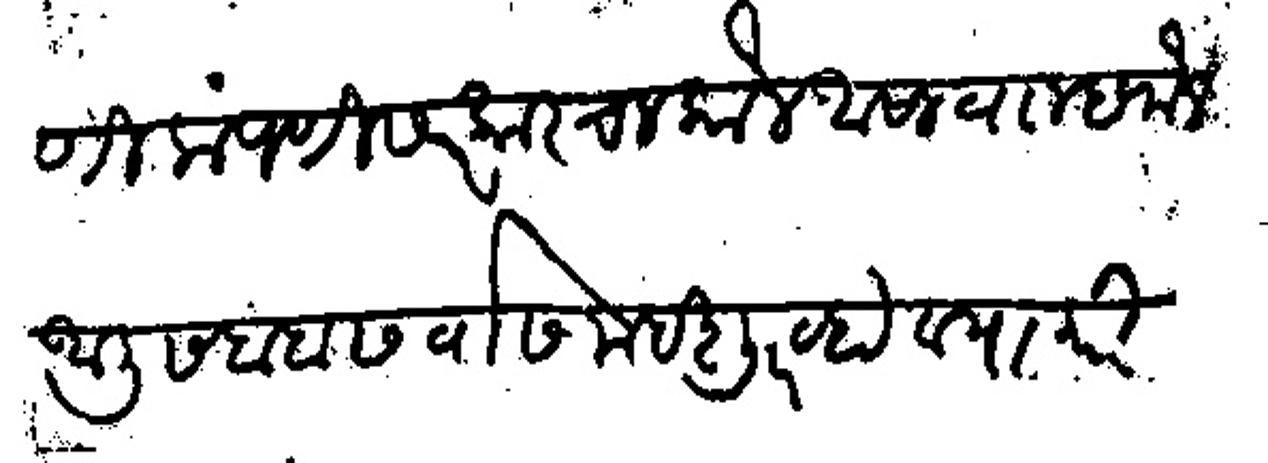
Transliteration (Devanagari): बोलणी कंपणी सरकारचा कौल असावा म्हणौन आली सबब सर्वास महशूर व्हावयाकरी